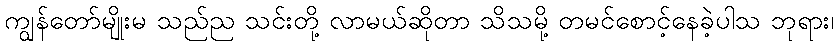
ကျွန်တော်မျိုးမ သည်ည သင်းတို့ လာမယ်ဆိုတာ သိသမို့ တမင်စောင့်နေခဲ့ပါသ ဘုရား၊